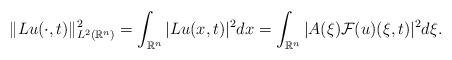
LaTeX: \begin{align*}\|Lu(\cdot,t)\|_{L^{2}(\mathbb{R}^{n})}^{2} = \int_{\mathbb{R}^{n}}|Lu(x,t)|^{2}dx = \int_{\mathbb{R}^{n}}|A(\xi)\mathcal{F}(u)(\xi,t)|^{2}d\xi.\end{align*}